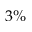
3 \%